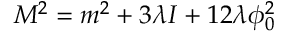
M ^ { 2 } = m ^ { 2 } + 3 \lambda I + 1 2 \lambda \phi _ { 0 } ^ { 2 }